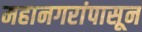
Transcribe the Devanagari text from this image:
महानगरांपासून